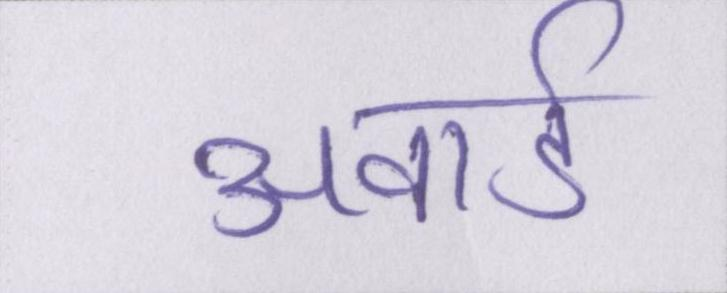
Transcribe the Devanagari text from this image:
अवार्ड